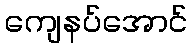
ကျေနပ်အောင်